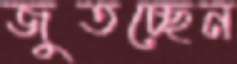
জুতচ্ছেন